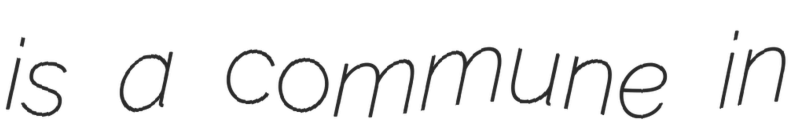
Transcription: is a commune in